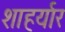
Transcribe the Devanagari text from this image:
शाहर्यार